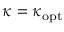
\kappa = \kappa _ { \mathrm { o p t } }